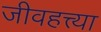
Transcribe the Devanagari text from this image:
जीवहत्त्या